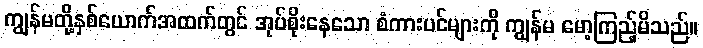
ကျွန်မတို့နှစ်ယောက်အထက်တွင် အုပ်စိုးနေသော စံကားပင်များကို ကျွန်မ မော့ကြည့်မိသည်။